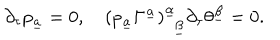
LaTeX: \partial _ { \tau } p _ { \underline { { a } } } = 0 , \quad ( p _ { \underline { { a } } } \Gamma ^ { \underline { { a } } } ) _ { ~ ~ \underline { { \beta } } } ^ { \underline { { \alpha } } } \partial _ { \tau } \theta ^ { \underline { { \beta } } } = 0 .